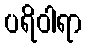
ပရိဝါရာ